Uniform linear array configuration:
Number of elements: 32
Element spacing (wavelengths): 0.5
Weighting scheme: kaiser
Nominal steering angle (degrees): -60
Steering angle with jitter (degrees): -60.787
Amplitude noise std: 0.05
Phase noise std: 0.05

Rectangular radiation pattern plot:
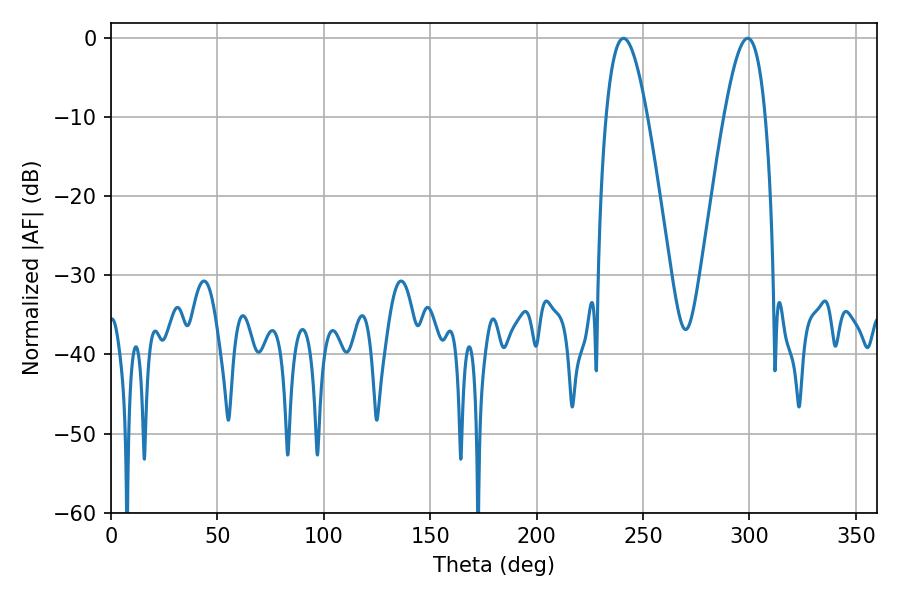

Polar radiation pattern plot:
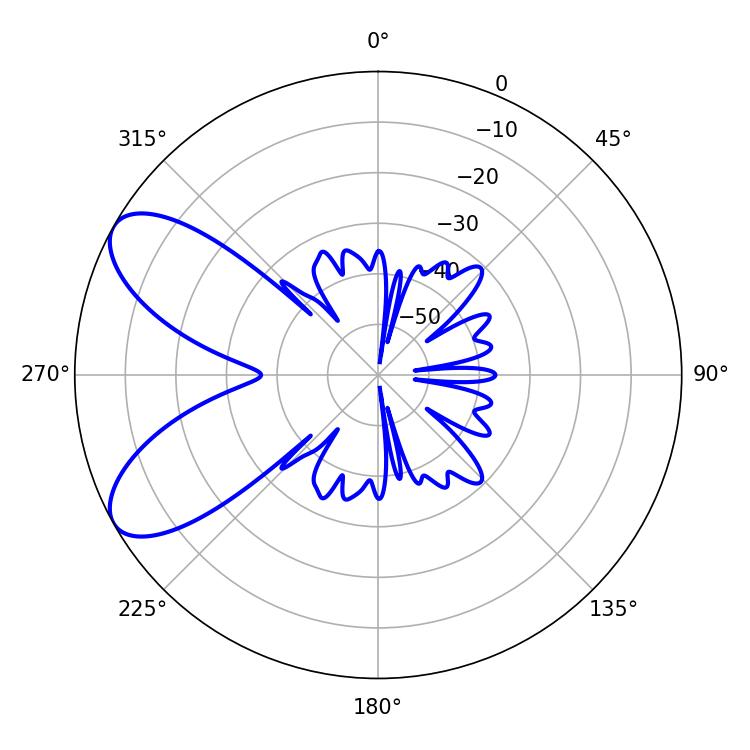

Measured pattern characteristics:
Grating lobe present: FALSE
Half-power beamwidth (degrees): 10.62
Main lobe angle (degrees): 240.84